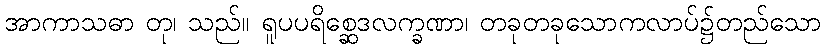
အာကာသဓာ တု၊ သည်။ ရူပပရိစ္ဆေဒလက္ခဏာ၊ တခုတခုသောကလာပ်၌တည်သော